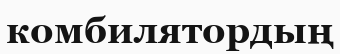
комбилятордың